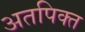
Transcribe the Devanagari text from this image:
अतपिक्त